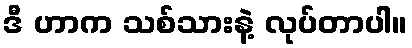
ဒီ ဟာက သစ်သားနဲ့ လုပ်တာပါ။